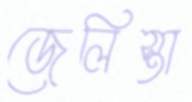
জেলিস্তা